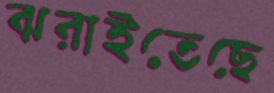
ঝরাইতেছে